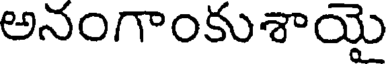
అనంగాంకుశాయై